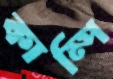
কাম্পি